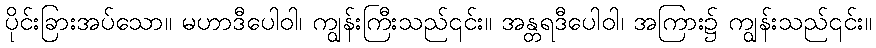
ပိုင်းခြားအပ်သော။ မဟာဒီပေါဝါ၊ ကျွန်းကြီးသည်၎င်း။ အန္တရဒီပေါဝါ၊ အကြား၌ ကျွန်းသည်၎င်း။